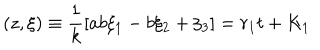
( z , { \xi } ) \equiv \frac { 1 } { k } [ a b \xi _ { 1 } - b \xi _ { 2 } + \xi _ { 3 } ] = r _ { 1 } t + K _ { 1 }